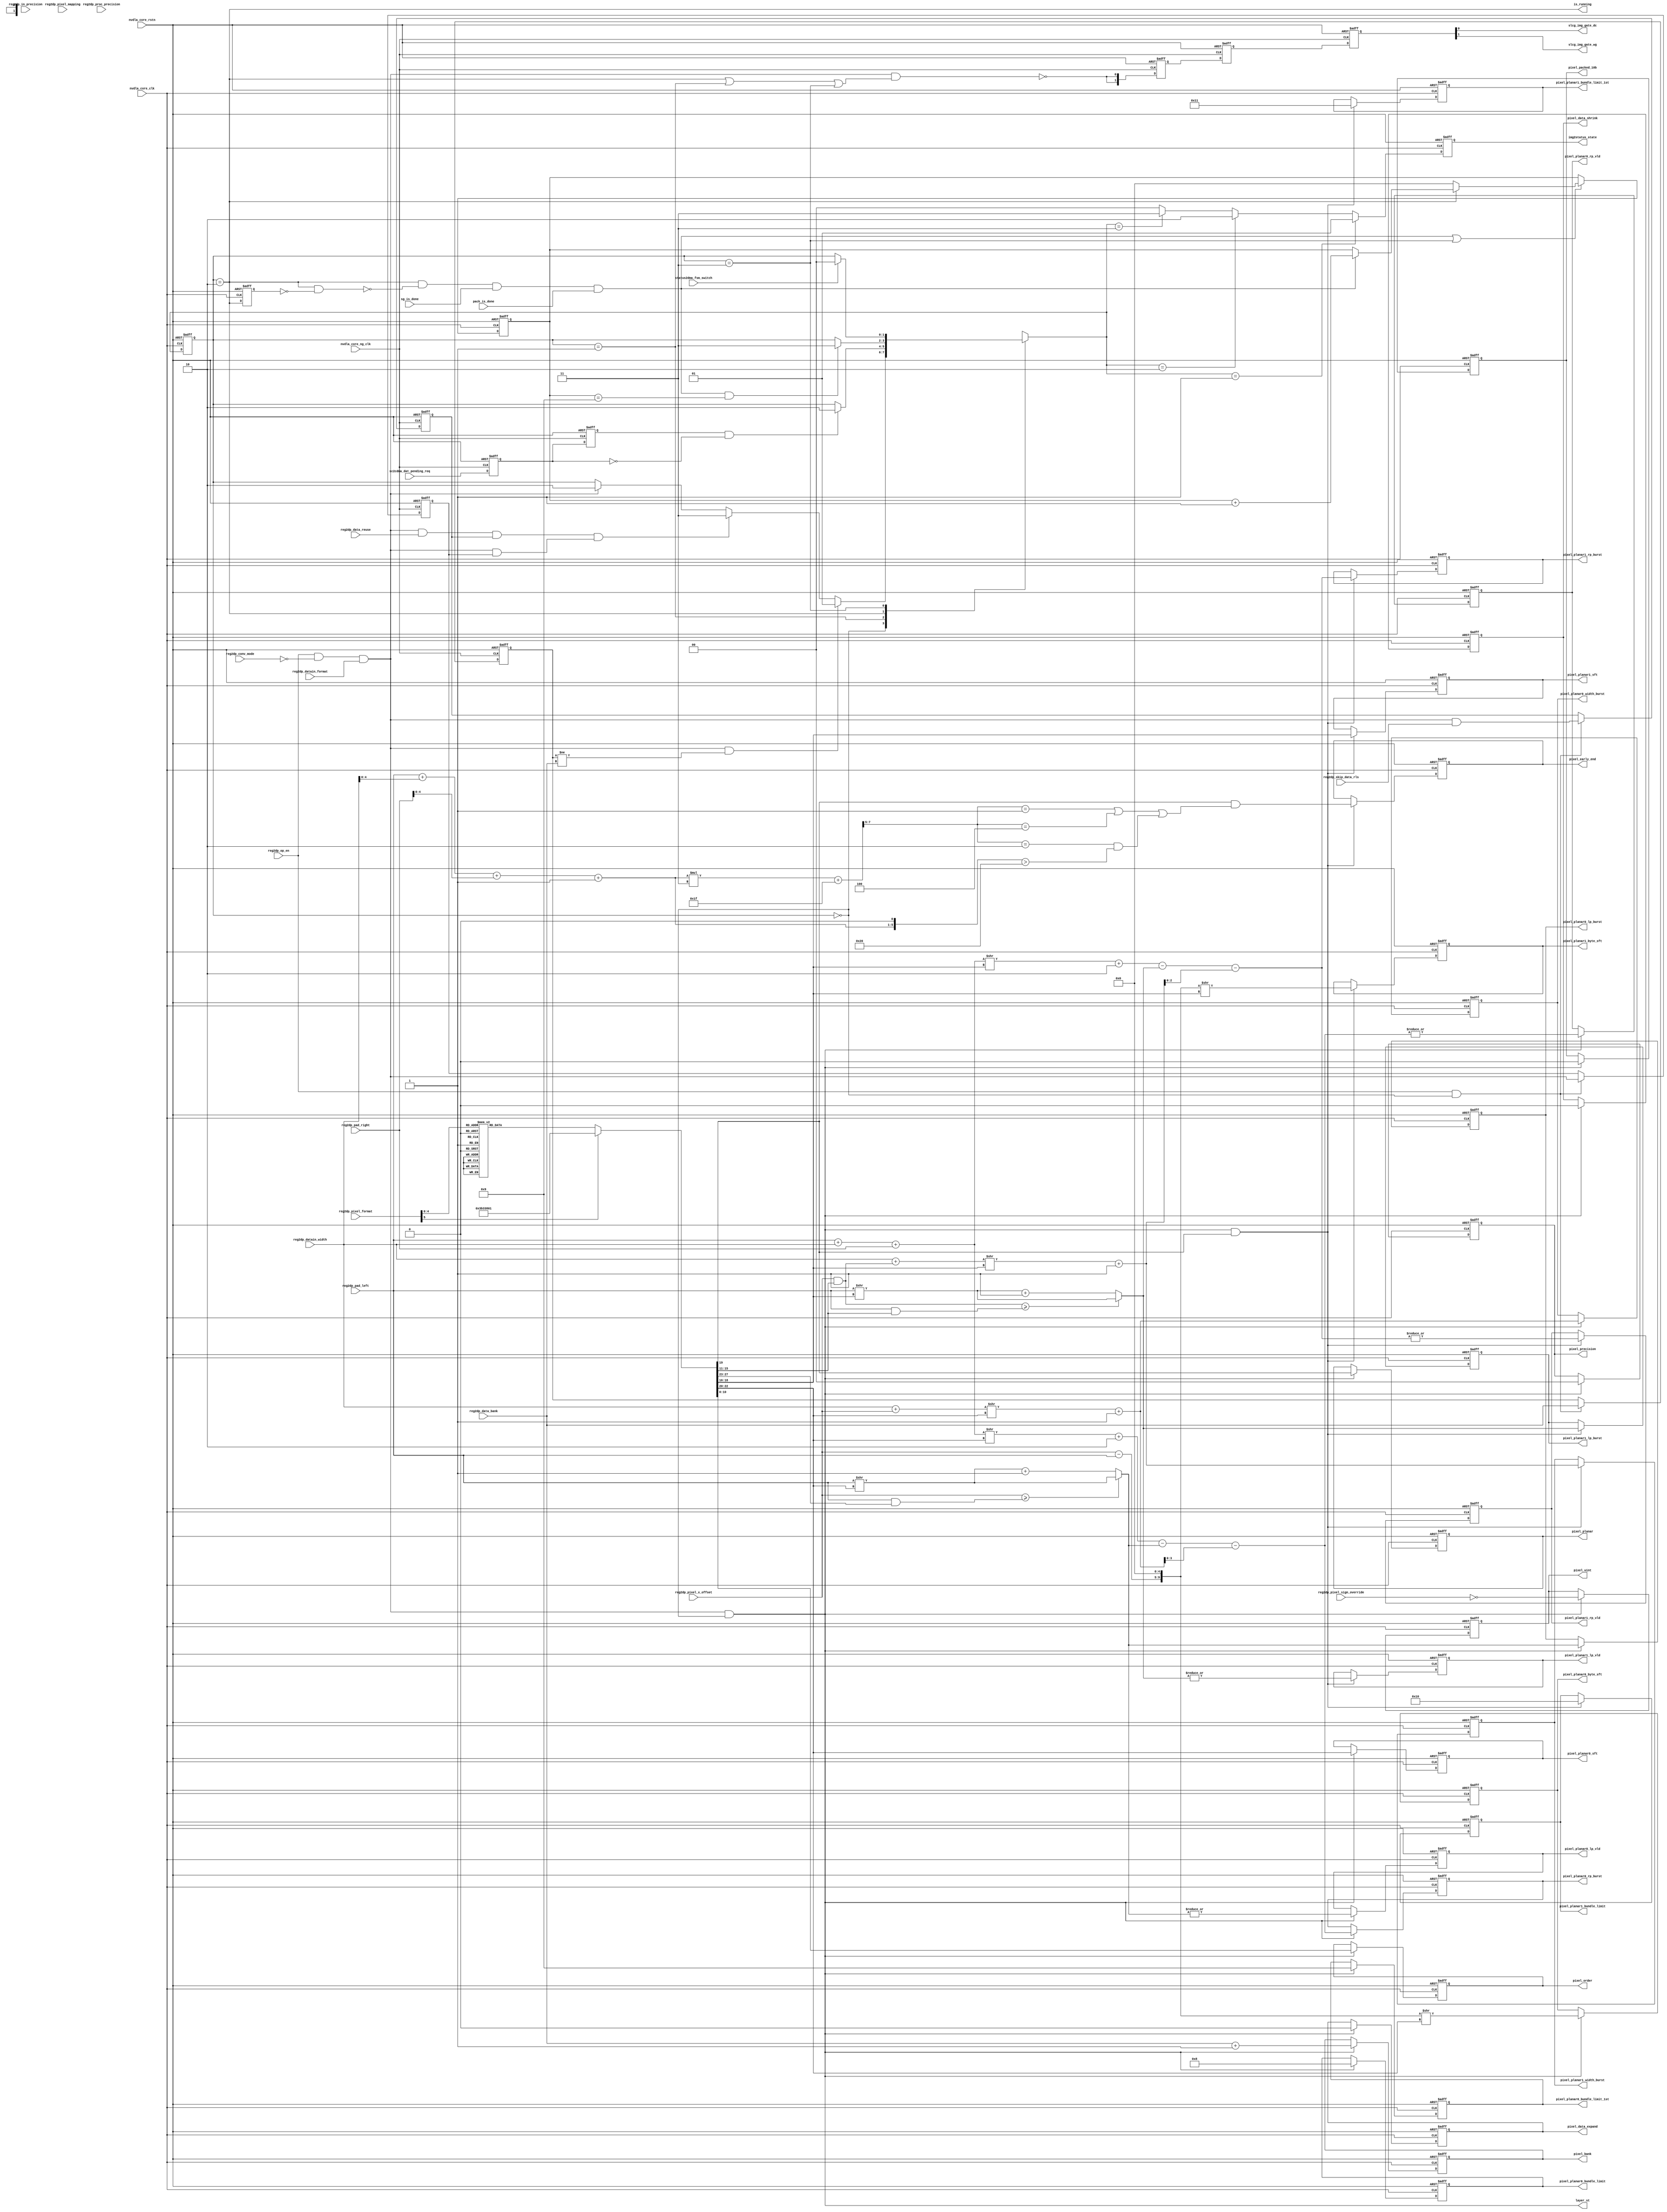
// ================================================================
// NVDLA Open Source Project
//
// Copyright(c) 2016 - 2017 NVIDIA Corporation. Licensed under the
// NVDLA Open Hardware License; Check "LICENSE" which comes with
// this distribution for more information.
// ================================================================
// ================================================================
// NVDLA Open Source Project
// 
// Copyright(c) 2016 - 2017 NVIDIA Corporation.  Licensed under the
// NVDLA Open Hardware License; Check "LICENSE" which comes with 
// this distribution for more information.
// ================================================================
//#define CDMA_SBUF_SDATA_BITS            256
//DorisL-S----------------
//
// #if ( NVDLA_MEMORY_ATOMIC_SIZE  ==  32 )
//     #define IMG_LARGE
// #endif
// #if ( NVDLA_MEMORY_ATOMIC_SIZE == 8 )
//     #define IMG_SMALL
// #endif
//DorisL-E----------------
//--------------------------------------------------
module NV_NVDLA_CDMA_IMG_ctrl (
   nvdla_core_clk
  ,nvdla_core_ng_clk
  ,nvdla_core_rstn
  ,pack_is_done
  ,reg2dp_conv_mode
  ,reg2dp_data_bank
  ,reg2dp_data_reuse
  ,reg2dp_datain_format
  ,reg2dp_datain_width
  ,reg2dp_in_precision
  ,reg2dp_op_en
  ,reg2dp_pad_left
  ,reg2dp_pad_right
  ,reg2dp_pixel_format
  ,reg2dp_pixel_mapping
  ,reg2dp_pixel_sign_override
  ,reg2dp_pixel_x_offset
  ,reg2dp_proc_precision
  ,reg2dp_skip_data_rls
  ,sc2cdma_dat_pending_req
  ,sg_is_done
  ,status2dma_fsm_switch
  ,img2status_state
  ,is_running
  ,layer_st
  ,pixel_bank
  ,pixel_data_expand
  ,pixel_data_shrink
  ,pixel_early_end
  ,pixel_order
  ,pixel_packed_10b
  ,pixel_planar
  ,pixel_planar0_bundle_limit
  ,pixel_planar0_bundle_limit_1st
  ,pixel_planar0_byte_sft
  ,pixel_planar0_lp_burst
  ,pixel_planar0_lp_vld
  ,pixel_planar0_rp_burst
  ,pixel_planar0_rp_vld
  ,pixel_planar0_sft
  ,pixel_planar0_width_burst
  ,pixel_planar1_bundle_limit
  ,pixel_planar1_bundle_limit_1st
  ,pixel_planar1_byte_sft
  ,pixel_planar1_lp_burst
  ,pixel_planar1_lp_vld
  ,pixel_planar1_rp_burst
  ,pixel_planar1_rp_vld
  ,pixel_planar1_sft
  ,pixel_planar1_width_burst
  ,pixel_precision
  ,pixel_uint
  ,slcg_img_gate_dc
  ,slcg_img_gate_wg
  );
////////////////////////////////////////////////////////
input nvdla_core_clk;
input nvdla_core_ng_clk;
input nvdla_core_rstn;
input pack_is_done;
input sc2cdma_dat_pending_req;
input sg_is_done;
input status2dma_fsm_switch;
output [1:0] img2status_state;
output is_running;
output layer_st;
output [5:0] pixel_bank;//
output pixel_data_expand;
output pixel_data_shrink;
output pixel_early_end;
output [10:0] pixel_order;
output pixel_packed_10b;
output pixel_planar;
output [3:0] pixel_planar0_bundle_limit;
output [3:0] pixel_planar0_bundle_limit_1st;
//: my $atmmbw = int( log(32) / log(2) );
//: print qq(
//: output [${atmmbw}-1:0] pixel_planar0_byte_sft;
//: output [${atmmbw}-1:0] pixel_planar1_byte_sft;
//: );
//| eperl: generated_beg (DO NOT EDIT BELOW)

output [5-1:0] pixel_planar0_byte_sft;
output [5-1:0] pixel_planar1_byte_sft;

//| eperl: generated_end (DO NOT EDIT ABOVE)
output [3:0] pixel_planar0_lp_burst;
output pixel_planar0_lp_vld;
output [3:0] pixel_planar0_rp_burst;
output pixel_planar0_rp_vld;
output [2:0] pixel_planar0_sft;
output [13:0] pixel_planar0_width_burst;
output [4:0] pixel_planar1_bundle_limit;
output [4:0] pixel_planar1_bundle_limit_1st;
output [2:0] pixel_planar1_lp_burst;
output pixel_planar1_lp_vld;
output [2:0] pixel_planar1_rp_burst;
output pixel_planar1_rp_vld;
output [2:0] pixel_planar1_sft;
output [13:0] pixel_planar1_width_burst;
output [1:0] pixel_precision;
output pixel_uint;
output slcg_img_gate_dc;
output slcg_img_gate_wg;
input [0:0] reg2dp_op_en;
input [0:0] reg2dp_conv_mode;
input [1:0] reg2dp_in_precision;
input [1:0] reg2dp_proc_precision;
input [0:0] reg2dp_datain_format;
input [5:0] reg2dp_pixel_format;
input [0:0] reg2dp_pixel_mapping;
input [0:0] reg2dp_pixel_sign_override;
input [12:0] reg2dp_datain_width;
input [0:0] reg2dp_data_reuse;
input [0:0] reg2dp_skip_data_rls;
input [4:0] reg2dp_data_bank;
input [4:0] reg2dp_pixel_x_offset;
input [4:0] reg2dp_pad_left;
input [5:0] reg2dp_pad_right;
////////////////////////////////////////////////////////
reg [1:0] cur_state;
reg [4:0] delay_cnt;
reg [1:0] img2status_state;
reg is_running_d1;
reg [4:0] last_data_bank;
reg last_img;
reg last_skip_data_rls;
reg [1:0] nxt_state;
reg pending_req;
reg pending_req_d1;
reg [5:0] pixel_bank;
reg pixel_data_expand;
reg pixel_data_shrink;
reg pixel_early_end;
reg [10:0] pixel_order;
reg [10:0] pixel_order_nxt;
reg pixel_packed_10b;
reg pixel_packed_10b_nxt;
reg pixel_planar;
reg [3:0] pixel_planar0_bundle_limit;
reg [3:0] pixel_planar0_bundle_limit_1st;
reg [3:0] pixel_planar0_lp_burst;
reg pixel_planar0_lp_vld;
reg [4:0] pixel_planar0_mask_nxt;
reg [3:0] pixel_planar0_rp_burst;
reg pixel_planar0_rp_vld;
reg [2:0] pixel_planar0_sft;
reg [2:0] pixel_planar0_sft_nxt;
reg [13:0] pixel_planar0_width_burst;
reg [4:0] pixel_planar1_bundle_limit;
reg [4:0] pixel_planar1_bundle_limit_1st;
reg [2:0] pixel_planar1_lp_burst;
reg pixel_planar1_lp_vld;
reg [4:0] pixel_planar1_mask_nxt;
reg [2:0] pixel_planar1_rp_burst;
reg pixel_planar1_rp_vld;
reg [2:0] pixel_planar1_sft;
reg [2:0] pixel_planar1_sft_nxt;
reg [13:0] pixel_planar1_width_burst;
reg pixel_planar_nxt;
reg [1:0] pixel_precision;
reg [1:0] pixel_precision_nxt;
reg pixel_uint;
reg [1:0] slcg_img_gate_d1;
reg [1:0] slcg_img_gate_d2;
reg [1:0] slcg_img_gate_d3;
wire [2:0] byte_per_pixel;
wire [4:0] delay_cnt_end;
wire [4:0] delay_cnt_w;
wire [1:0] img2status_state_w;
wire img_done;
wire img_en;
wire img_end;
wire is_dc;
wire is_done;
wire is_first_running;
wire is_idle;
wire is_input_int8;
wire is_int8;
wire is_pending;
wire is_pixel;
wire is_running;
wire layer_st;
wire mode_match;
wire mon_delay_cnt_w;
wire [2:0] mon_pixel_element_sft_w;
wire mon_pixel_planar0_burst_need_w;
wire [2:0] mon_pixel_planar0_byte_sft_w;
wire [1:0] mon_pixel_planar0_lp_burst_w;
wire [10:0] mon_pixel_planar0_rp_burst_w;
wire mon_pixel_planar0_width_burst_w;
wire [3:0] mon_pixel_planar1_burst_need_w;
wire [2:0] mon_pixel_planar1_byte_sft_w;
wire [2:0] mon_pixel_planar1_lp_burst_w;
wire [11:0] mon_pixel_planar1_rp_burst_w;
wire [1:0] mon_pixel_planar1_total_burst_w;
wire [2:0] mon_pixel_planar1_total_width_w;
wire [3:0] mon_pixel_planar1_width_burst_w;
wire need_pending;
wire pending_req_end;
wire pixel_data_expand_nxt;
wire pixel_data_shrink_nxt;
wire pixel_early_end_w;
//: my $atmmbw = int( log(32) / log(2) );
//: print qq(
//: wire [${atmmbw}-1:0] pixel_element_sft_w ;
//: wire [${atmmbw}-1:0] pixel_planar0_byte_sft_w;
//: wire [${atmmbw}-1:0] pixel_planar1_byte_sft_w;
//: reg [${atmmbw}-1:0] pixel_planar0_byte_sft;
//: reg [${atmmbw}-1:0] pixel_planar1_byte_sft;
//: );
//| eperl: generated_beg (DO NOT EDIT BELOW)

wire [5-1:0] pixel_element_sft_w ;
wire [5-1:0] pixel_planar0_byte_sft_w;
wire [5-1:0] pixel_planar1_byte_sft_w;
reg [5-1:0] pixel_planar0_byte_sft;
reg [5-1:0] pixel_planar1_byte_sft;

//| eperl: generated_end (DO NOT EDIT ABOVE)
wire [3:0] pixel_planar0_bundle_limit_1st_w;
wire [3:0] pixel_planar0_bundle_limit_w;
wire [13:0] pixel_planar0_burst_need_w;
wire [13:0] pixel_planar0_fetch_width;
wire [3:0] pixel_planar0_lp_burst_w;
wire [4:0] pixel_planar0_lp_filled;
wire pixel_planar0_lp_vld_w;
wire [3:0] pixel_planar0_rp_burst_w;
wire pixel_planar0_rp_vld_w;
wire [13:0] pixel_planar0_width_burst_w;
wire [4:0] pixel_planar1_bundle_limit_1st_w;
wire [4:0] pixel_planar1_bundle_limit_w;
wire [13:0] pixel_planar1_burst_need_w;
wire [13:0] pixel_planar1_fetch_width;
wire [2:0] pixel_planar1_lp_burst_w;
wire [4:0] pixel_planar1_lp_filled;
wire pixel_planar1_lp_vld_w;
wire [2:0] pixel_planar1_rp_burst_w;
wire pixel_planar1_rp_vld_w;
wire [2:0] pixel_planar1_tail_width_w;
wire [1:0] pixel_planar1_total_burst_w;
//: my $dmaif_bw = int( log(int(256/8)) / log(2) );
//: print qq(
//: wire [${dmaif_bw}-1:0] pixel_planar1_total_width_w;
//: wire [${dmaif_bw}-1:0] mon_pixel_planar1_tail_width_w;
//: );
//| eperl: generated_beg (DO NOT EDIT BELOW)

wire [5-1:0] pixel_planar1_total_width_w;
wire [5-1:0] mon_pixel_planar1_tail_width_w;

//| eperl: generated_end (DO NOT EDIT ABOVE)
wire [13:0] pixel_planar1_width_burst_w;
wire [4:0] pixel_planar1_x_offset;
wire [13:0] pixel_store_width;
wire pixel_tail_1_w;
wire pixel_tail_2_w;
wire pixel_uint_nxt;
wire planar1_vld_w;
wire slcg_img_en_w;
wire [1:0] slcg_img_gate_w;
////////////////////////////////////////////////////////////////////////
// CDMA image input data fetching logic FSM //
////////////////////////////////////////////////////////////////////////
localparam IMG_STATE_IDLE = 2'b00;
localparam IMG_STATE_PEND = 2'b01;
localparam IMG_STATE_BUSY = 2'b10;
localparam IMG_STATE_DONE = 2'b11;
always @(*) begin
    nxt_state = cur_state;
    begin
        casez (cur_state)
        IMG_STATE_IDLE: begin
            if ((img_en & need_pending)) begin
                nxt_state = IMG_STATE_PEND;
            end
            else if ((img_en & reg2dp_data_reuse & last_skip_data_rls & mode_match)) begin
                nxt_state = IMG_STATE_DONE;
            end
            else if (img_en) begin
                nxt_state = IMG_STATE_BUSY;
            end
        end
        IMG_STATE_PEND: begin
            if ((pending_req_end)) begin
                nxt_state = IMG_STATE_BUSY;
            end
        end
        IMG_STATE_BUSY: begin
            if (img_done) begin
                nxt_state = IMG_STATE_DONE;
            end
        end
        IMG_STATE_DONE: begin
            if (status2dma_fsm_switch) begin
                nxt_state = IMG_STATE_IDLE;
            end
        end
        endcase
    end
end
//: &eperl::flop("-nodeclare   -rval \"IMG_STATE_IDLE\"   -d \"nxt_state\" -q cur_state");
//| eperl: generated_beg (DO NOT EDIT BELOW)
always @(posedge nvdla_core_clk or negedge nvdla_core_rstn) begin
   if (!nvdla_core_rstn) begin
       cur_state <= IMG_STATE_IDLE;
   end else begin
       cur_state <= nxt_state;
   end
end

//| eperl: generated_end (DO NOT EDIT ABOVE)
////////////////////////////////////////////////////////////////////////
// FSM output signals //
////////////////////////////////////////////////////////////////////////
assign layer_st = img_en & is_idle;
assign is_idle = (cur_state == IMG_STATE_IDLE);
assign is_pending = (cur_state == IMG_STATE_PEND);
assign is_running = (cur_state == IMG_STATE_BUSY);
assign is_done = (cur_state == IMG_STATE_DONE);
assign img2status_state_w = (nxt_state == IMG_STATE_PEND) ? 1 :
                            (nxt_state == IMG_STATE_BUSY) ? 2 :
                            (nxt_state == IMG_STATE_DONE) ? 3 :
                            0 ;
assign is_first_running = is_running & ~is_running_d1;
//: &eperl::flop("-nodeclare   -rval \"0\"   -d \"img2status_state_w\" -q img2status_state");
//: &eperl::flop("-nodeclare   -rval \"1'b0\"   -d \"is_running\" -q is_running_d1");
//| eperl: generated_beg (DO NOT EDIT BELOW)
always @(posedge nvdla_core_clk or negedge nvdla_core_rstn) begin
   if (!nvdla_core_rstn) begin
       img2status_state <= 'b0;
   end else begin
       img2status_state <= img2status_state_w;
   end
end
always @(posedge nvdla_core_clk or negedge nvdla_core_rstn) begin
   if (!nvdla_core_rstn) begin
       is_running_d1 <= 1'b0;
   end else begin
       is_running_d1 <= is_running;
   end
end

//| eperl: generated_end (DO NOT EDIT ABOVE)
////////////////////////////////////////////////////////////////////////
// registers to keep last layer status //
////////////////////////////////////////////////////////////////////////
assign pending_req_end = pending_req_d1 & ~pending_req;
//================ Non-SLCG clock domain ================//
//: &eperl::flop("-nodeclare -clk nvdla_core_ng_clk  -rval \"1'b0\"  -en \"reg2dp_op_en & is_idle\" -d \"img_en\" -q last_img");
//: &eperl::flop("-nodeclare -clk nvdla_core_ng_clk  -rval \"{5{1'b1}}\"  -en \"reg2dp_op_en & is_idle\" -d \"reg2dp_data_bank\" -q last_data_bank");
//: &eperl::flop("-nodeclare -clk nvdla_core_ng_clk  -rval \"1'b0\"  -en \"reg2dp_op_en & is_idle\" -d \"img_en & reg2dp_skip_data_rls\" -q last_skip_data_rls");
//: &eperl::flop("-nodeclare -clk nvdla_core_ng_clk  -rval \"1'b0\"   -d \"sc2cdma_dat_pending_req\" -q pending_req");
//: &eperl::flop("-nodeclare -clk nvdla_core_ng_clk  -rval \"1'b0\"   -d \"pending_req\" -q pending_req_d1");
//| eperl: generated_beg (DO NOT EDIT BELOW)
always @(posedge nvdla_core_ng_clk or negedge nvdla_core_rstn) begin
   if (!nvdla_core_rstn) begin
       last_img <= 1'b0;
   end else begin
       if ((reg2dp_op_en & is_idle) == 1'b1) begin
           last_img <= img_en;
       // VCS coverage off
       end else if ((reg2dp_op_en & is_idle) == 1'b0) begin
       end else begin
           last_img <= 'bx;
       // VCS coverage on
       end
   end
end
always @(posedge nvdla_core_ng_clk or negedge nvdla_core_rstn) begin
   if (!nvdla_core_rstn) begin
       last_data_bank <= {5{1'b1}};
   end else begin
       if ((reg2dp_op_en & is_idle) == 1'b1) begin
           last_data_bank <= reg2dp_data_bank;
       // VCS coverage off
       end else if ((reg2dp_op_en & is_idle) == 1'b0) begin
       end else begin
           last_data_bank <= 'bx;
       // VCS coverage on
       end
   end
end
always @(posedge nvdla_core_ng_clk or negedge nvdla_core_rstn) begin
   if (!nvdla_core_rstn) begin
       last_skip_data_rls <= 1'b0;
   end else begin
       if ((reg2dp_op_en & is_idle) == 1'b1) begin
           last_skip_data_rls <= img_en & reg2dp_skip_data_rls;
       // VCS coverage off
       end else if ((reg2dp_op_en & is_idle) == 1'b0) begin
       end else begin
           last_skip_data_rls <= 'bx;
       // VCS coverage on
       end
   end
end
always @(posedge nvdla_core_ng_clk or negedge nvdla_core_rstn) begin
   if (!nvdla_core_rstn) begin
       pending_req <= 1'b0;
   end else begin
       pending_req <= sc2cdma_dat_pending_req;
   end
end
always @(posedge nvdla_core_ng_clk or negedge nvdla_core_rstn) begin
   if (!nvdla_core_rstn) begin
       pending_req_d1 <= 1'b0;
   end else begin
       pending_req_d1 <= pending_req;
   end
end

//| eperl: generated_end (DO NOT EDIT ABOVE)
////////////////////////////////////////////////////////////////////////
// SLCG control signal //
////////////////////////////////////////////////////////////////////////
assign slcg_img_en_w = img_en & (is_running | is_pending | is_done);
assign slcg_img_gate_w = {2{~slcg_img_en_w}};
//: &eperl::flop("-nodeclare -clk nvdla_core_ng_clk  -rval \"{2{1'b1}}\"   -d \"slcg_img_gate_w\" -q slcg_img_gate_d1");
//: &eperl::flop("-nodeclare -clk nvdla_core_ng_clk  -rval \"{2{1'b1}}\"   -d \"slcg_img_gate_d1\" -q slcg_img_gate_d2");
//: &eperl::flop("-nodeclare -clk nvdla_core_ng_clk  -rval \"{2{1'b1}}\"   -d \"slcg_img_gate_d2\" -q slcg_img_gate_d3");
//| eperl: generated_beg (DO NOT EDIT BELOW)
always @(posedge nvdla_core_ng_clk or negedge nvdla_core_rstn) begin
   if (!nvdla_core_rstn) begin
       slcg_img_gate_d1 <= {2{1'b1}};
   end else begin
       slcg_img_gate_d1 <= slcg_img_gate_w;
   end
end
always @(posedge nvdla_core_ng_clk or negedge nvdla_core_rstn) begin
   if (!nvdla_core_rstn) begin
       slcg_img_gate_d2 <= {2{1'b1}};
   end else begin
       slcg_img_gate_d2 <= slcg_img_gate_d1;
   end
end
always @(posedge nvdla_core_ng_clk or negedge nvdla_core_rstn) begin
   if (!nvdla_core_rstn) begin
       slcg_img_gate_d3 <= {2{1'b1}};
   end else begin
       slcg_img_gate_d3 <= slcg_img_gate_d2;
   end
end

//| eperl: generated_end (DO NOT EDIT ABOVE)
assign slcg_img_gate_dc = slcg_img_gate_d3[0];
assign slcg_img_gate_wg = slcg_img_gate_d3[1];
//================ Non-SLCG clock domain end ================//
////////////////////////////////////////////////////////////////////////
// FSM input signals //
////////////////////////////////////////////////////////////////////////
assign img_end = is_running & ~is_first_running & sg_is_done & pack_is_done;
assign img_done = img_end & (delay_cnt == delay_cnt_end);
assign delay_cnt_end = (3 + 3 + 3 ) ;
assign {mon_delay_cnt_w,
        delay_cnt_w} = ~is_running ? 6'b0 :
                      img_end ? delay_cnt + 1'b1 : {1'b0, delay_cnt};
assign need_pending = (last_data_bank != reg2dp_data_bank);
assign mode_match = img_en & last_img;
assign is_dc = (reg2dp_conv_mode == 1'h0 );
assign is_pixel = (reg2dp_datain_format == 1'h1 );
assign img_en = reg2dp_op_en & is_dc & is_pixel;
//: &eperl::flop("-nodeclare   -rval \"{5{1'b0}}\"  -en \"img_end | is_done\" -d \"delay_cnt_w\" -q delay_cnt");
//| eperl: generated_beg (DO NOT EDIT BELOW)
always @(posedge nvdla_core_clk or negedge nvdla_core_rstn) begin
   if (!nvdla_core_rstn) begin
       delay_cnt <= {5{1'b0}};
   end else begin
       if ((img_end | is_done) == 1'b1) begin
           delay_cnt <= delay_cnt_w;
       // VCS coverage off
       end else if ((img_end | is_done) == 1'b0) begin
       end else begin
           delay_cnt <= 'bx;
       // VCS coverage on
       end
   end
end

//| eperl: generated_end (DO NOT EDIT ABOVE)
////////////////////////////////////////////////////////////////////////
// pixel format parser //
////////////////////////////////////////////////////////////////////////
//
always @(*) begin
    pixel_planar_nxt = 1'h0;
    pixel_precision_nxt = 2'h0;
    pixel_order_nxt = 11'h1;
    pixel_packed_10b_nxt = 1'b0;
//pixel_planar0_sft_nxt // log2(atmm/BytePerPixel(4 in RGB, 1 in YUV))
//pixel_planar1_sft_nxt // log2(atmm/BytePerPixel(useless in RGB, 2 in YUV))
//pixel_planar0_mask_nxt // atmm/BytePerPixel -1
//pixel_planar1_mask_nxt // atmm/BytePerPixel -1
//: my $atmm = 32;
//: my $Byte_Per_Pixle = 4;
//: my $p0_sft = int( log($atmm/$Byte_Per_Pixle)/log(2) );
//: my $p0_mask = int( ($atmm/$Byte_Per_Pixle)-1 );
//: print qq(
//: pixel_planar0_sft_nxt = 3'd${p0_sft};
//: pixel_planar1_sft_nxt = 3'd3;
//: pixel_planar0_mask_nxt = 5'd${p0_mask};
//: pixel_planar1_mask_nxt = 5'd7;
//: );
//| eperl: generated_beg (DO NOT EDIT BELOW)

pixel_planar0_sft_nxt = 3'd3;
pixel_planar1_sft_nxt = 3'd3;
pixel_planar0_mask_nxt = 5'd7;
pixel_planar1_mask_nxt = 5'd7;

//| eperl: generated_end (DO NOT EDIT ABOVE)
    case(reg2dp_pixel_format)
    6'h0 :
// 0 T_R8,
    begin
//: my $atmm = 32;
//: my $Byte_Per_Pixle = 1;
//: my $p0_sft = int( log($atmm/$Byte_Per_Pixle)/log(2) );
//: my $p0_mask = int( ($atmm/$Byte_Per_Pixle)-1 );
//: print qq(
//: pixel_planar0_sft_nxt = 3'd${p0_sft};
//: pixel_planar0_mask_nxt = 5'd${p0_mask};
//: );
//| eperl: generated_beg (DO NOT EDIT BELOW)

pixel_planar0_sft_nxt = 3'd5;
pixel_planar0_mask_nxt = 5'd31;

//| eperl: generated_end (DO NOT EDIT ABOVE)
//pixel_planar0_sft_nxt = 3'h3;
//pixel_planar0_mask_nxt = 5'h7;
    end
    6'hc, 6'h10 :
// c T_A8B8G8R8,
// 10 T_X8B8G8R8,
    begin
        pixel_order_nxt = 11'h1;
    end
    6'hd, 6'h11, 6'h1a :
// d T_A8R8G8B8,
// 11 T_X8R8G8B8,
// 1a T_A8Y8U8V8,
    begin
        pixel_order_nxt = 11'h2;
    end
    6'he, 6'h12, 6'h1b :
// e T_B8G8R8A8,
// 12 T_B8G8R8X8,
// 1b T_V8U8Y8A8,
    begin
        pixel_order_nxt = 11'h8;
    end
    6'hf, 6'h13 :
// f T_R8G8B8A8,
// 13 T_R8G8B8X8,
    begin
        pixel_order_nxt = 11'h20;
    end
    6'h1c :
// 1c T_Y8___U8V8_N444,
    begin
        pixel_planar_nxt = 1'h1;
        pixel_order_nxt = 11'h200;
//: my $atmm = 32;
//: my $Byte_Per_Pixle_p0 = 1;
//: my $Byte_Per_Pixle_p1 = 2;
//: my $p0_sft = int( log($atmm/$Byte_Per_Pixle_p0)/log(2) );
//: my $p0_mask = int( ($atmm/$Byte_Per_Pixle_p0)-1 );
//: my $p1_sft = int( log($atmm/$Byte_Per_Pixle_p1)/log(2) );
//: my $p1_mask = int( ($atmm/$Byte_Per_Pixle_p1)-1 );
//: print qq(
//: pixel_planar0_sft_nxt = 3'd${p0_sft};
//: pixel_planar1_sft_nxt = 3'd${p1_sft};
//: pixel_planar0_mask_nxt = 5'd${p0_mask};
//: pixel_planar1_mask_nxt = 5'd${p1_mask};
//: );
//| eperl: generated_beg (DO NOT EDIT BELOW)

pixel_planar0_sft_nxt = 3'd5;
pixel_planar1_sft_nxt = 3'd4;
pixel_planar0_mask_nxt = 5'd31;
pixel_planar1_mask_nxt = 5'd15;

//| eperl: generated_end (DO NOT EDIT ABOVE)
//pixel_planar0_sft_nxt = 3'h3;
//pixel_planar1_sft_nxt = 3'h2;
//pixel_planar0_mask_nxt = 5'h7;
//pixel_planar1_mask_nxt = 5'h3;
    end
    6'h1d :
// 1d T_Y8___V8U8_N444,
    begin
        pixel_planar_nxt = 1'h1;
//: my $atmm = 32;
//: my $Byte_Per_Pixle_p0 = 1;
//: my $Byte_Per_Pixle_p1 = 2;
//: my $p0_sft = int( log($atmm/$Byte_Per_Pixle_p0)/log(2) );
//: my $p0_mask = int( ($atmm/$Byte_Per_Pixle_p0)-1 );
//: my $p1_sft = int( log($atmm/$Byte_Per_Pixle_p1)/log(2) );
//: my $p1_mask = int( ($atmm/$Byte_Per_Pixle_p1)-1 );
//: print qq(
//: pixel_planar0_sft_nxt = 3'd${p0_sft};
//: pixel_planar1_sft_nxt = 3'd${p1_sft};
//: pixel_planar0_mask_nxt = 5'd${p0_mask};
//: pixel_planar1_mask_nxt = 5'd${p1_mask};
//: );
//| eperl: generated_beg (DO NOT EDIT BELOW)

pixel_planar0_sft_nxt = 3'd5;
pixel_planar1_sft_nxt = 3'd4;
pixel_planar0_mask_nxt = 5'd31;
pixel_planar1_mask_nxt = 5'd15;

//| eperl: generated_end (DO NOT EDIT ABOVE)
//pixel_planar0_sft_nxt = 3'h3;
//pixel_planar1_sft_nxt = 3'h2;
//pixel_planar0_mask_nxt = 5'h7;
//pixel_planar1_mask_nxt = 5'h3;
    end
    endcase
end
assign is_int8 = 1'b1;
assign is_input_int8 = 1'b1;
assign pixel_data_expand_nxt = 1'b0;
assign pixel_data_shrink_nxt = 1'b0;
//////// pixel_lp_burst, pixel_width_burst, pixel_rp_burst ////////
assign pixel_uint_nxt = (reg2dp_pixel_sign_override == 1'h0 );
assign pixel_planar1_x_offset = (reg2dp_pixel_x_offset & pixel_planar1_mask_nxt);
assign pixel_planar0_lp_filled = reg2dp_pad_left & pixel_planar0_mask_nxt;
assign pixel_planar1_lp_filled = reg2dp_pad_left & pixel_planar1_mask_nxt;
assign {mon_pixel_planar0_lp_burst_w[1:0],
        pixel_planar0_lp_burst_w} = (reg2dp_pixel_x_offset >= pixel_planar0_lp_filled) ? (reg2dp_pad_left >> pixel_planar0_sft_nxt) :
                                   (reg2dp_pad_left >> pixel_planar0_sft_nxt) + 1'b1;
assign {mon_pixel_planar1_lp_burst_w[2:0],
        pixel_planar1_lp_burst_w} = (pixel_planar1_x_offset >= pixel_planar1_lp_filled) ? (reg2dp_pad_left >> pixel_planar1_sft_nxt) :
                                   (reg2dp_pad_left >> pixel_planar1_sft_nxt) + 1'b1;
assign pixel_planar0_fetch_width = reg2dp_datain_width + reg2dp_pixel_x_offset;
assign pixel_planar1_fetch_width = reg2dp_datain_width + pixel_planar1_x_offset;
assign pixel_planar0_width_burst_w = (pixel_planar0_fetch_width >> pixel_planar0_sft_nxt) + 14'b1;
assign pixel_planar1_width_burst_w = (pixel_planar1_fetch_width >> pixel_planar1_sft_nxt) + 14'b1;
//assign {mon_pixel_planar0_width_burst_w[0],
// pixel_planar0_width_burst_w} = (pixel_planar0_fetch_width >> pixel_planar0_sft_nxt) + 14'b1;
//assign {mon_pixel_planar1_width_burst_w[3:0],
// pixel_planar1_width_burst_w} = (pixel_planar1_fetch_width >> pixel_planar1_sft_nxt) + 14'b1;
assign pixel_store_width = reg2dp_pad_left + reg2dp_datain_width + reg2dp_pad_right;
assign pixel_planar0_burst_need_w = (pixel_store_width >> pixel_planar0_sft_nxt) + 14'h2;
assign pixel_planar1_burst_need_w = (pixel_store_width >> pixel_planar1_sft_nxt) + 14'h2;
//assign {mon_pixel_planar0_burst_need_w[0],
// pixel_planar0_burst_need_w} = (pixel_store_width >> pixel_planar0_sft_nxt) + 14'h2;
//assign {mon_pixel_planar1_burst_need_w[0],
// pixel_planar1_burst_need_w} = (pixel_store_width >> pixel_planar1_sft_nxt) + 14'h2;
assign {mon_pixel_planar0_rp_burst_w[10:0],
        pixel_planar0_rp_burst_w} = (pixel_planar0_burst_need_w - {10'd0,pixel_planar0_lp_burst_w}) - pixel_planar0_width_burst_w;
assign {mon_pixel_planar1_rp_burst_w[11:0],
        pixel_planar1_rp_burst_w} = (pixel_planar1_burst_need_w - {11'd0,pixel_planar1_lp_burst_w}) - pixel_planar1_width_burst_w;
assign byte_per_pixel = ~(|pixel_precision_nxt) ? 3'h3 : 3'h6;
////////////////////////////////////////////////
// early end control
////////////////////////////////////////////////
//: my $dmaif_bw = int( log(int(256/8)) / log(2) );
//: print qq(
//: assign {mon_pixel_planar1_total_width_w,
//: pixel_planar1_total_width_w} = reg2dp_pad_left + reg2dp_datain_width[${dmaif_bw}-1:0] + reg2dp_pad_right + 1;
//: assign {pixel_planar1_tail_width_w,
//: mon_pixel_planar1_tail_width_w} = pixel_planar1_total_width_w * byte_per_pixel + {${dmaif_bw}{1'b1}};
//: );
//| eperl: generated_beg (DO NOT EDIT BELOW)

assign {mon_pixel_planar1_total_width_w,
pixel_planar1_total_width_w} = reg2dp_pad_left + reg2dp_datain_width[5-1:0] + reg2dp_pad_right + 1;
assign {pixel_planar1_tail_width_w,
mon_pixel_planar1_tail_width_w} = pixel_planar1_total_width_w * byte_per_pixel + {5{1'b1}};

//| eperl: generated_end (DO NOT EDIT ABOVE)
/////////////////////////////
//: my $dmaif = 256/8;
//: my $atmm = 32;
//: if($dmaif/$atmm == 1 ) {
//: print qq(
//: assign pixel_early_end_w = pixel_planar_nxt & ((pixel_planar1_tail_width_w==3'd1) | (pixel_planar1_tail_width_w==3'd4) | ((pixel_planar1_tail_width_w==3'd2) & {pixel_planar1_total_width_w,1'b0} > $dmaif) );
//: );
//: } elsif($dmaif/$atmm == 2 ) {
//: print qq(
//: assign {mon_pixel_planar1_total_burst_w[1:0], pixel_planar1_total_burst_w[1:0]}
//: = pixel_planar1_lp_burst_w[1:0] + pixel_planar1_rp_burst_w[1:0] + pixel_planar1_width_burst_w[1:0];
//: assign pixel_tail_1_w = (pixel_planar1_tail_width_w == 3'h1) | (pixel_planar1_tail_width_w == 3'h4);
//: assign pixel_tail_2_w = (pixel_planar1_tail_width_w == 3'h2) | (pixel_planar1_tail_width_w == 3'h5);
//: assign pixel_early_end_w = pixel_planar_nxt & (pixel_tail_1_w | (pixel_tail_2_w & ~pixel_planar1_total_burst_w[1]));
//: );
//: } elsif($dmaif/$atmm == 4 ) {
//: }
//| eperl: generated_beg (DO NOT EDIT BELOW)

assign pixel_early_end_w = pixel_planar_nxt & ((pixel_planar1_tail_width_w==3'd1) | (pixel_planar1_tail_width_w==3'd4) | ((pixel_planar1_tail_width_w==3'd2) & {pixel_planar1_total_width_w,1'b0} > 32) );

//| eperl: generated_end (DO NOT EDIT ABOVE)
////////////////////////////////////////////////
////////////////////////////////////////////////
// assign {mon_pixel_element_sft_w,
// pixel_element_sft_w} = (reg2dp_pixel_x_offset - reg2dp_pad_left);
// 5bits means atmm bit-width
// assign {mon_pixel_planar0_byte_sft_w[4:0],
// pixel_planar0_byte_sft_w} = {pixel_element_sft_w, 5'b0} >> pixel_planar0_sft_nxt;
// assign {mon_pixel_planar1_byte_sft_w[4:0],
// pixel_planar1_byte_sft_w} = {pixel_element_sft_w, 5'b0} >> pixel_planar1_sft_nxt;
//: my $atmmbw = int( log(32) / log(2) );
//: print qq(
//: assign {mon_pixel_element_sft_w,
//: pixel_element_sft_w} = (reg2dp_pixel_x_offset - {2'd0,reg2dp_pad_left[${atmmbw}-1:0]});
//: assign {mon_pixel_planar0_byte_sft_w[2:0],
//: pixel_planar0_byte_sft_w} = {pixel_element_sft_w, ${atmmbw}'b0} >> pixel_planar0_sft_nxt;
//: assign {mon_pixel_planar1_byte_sft_w[2:0],
//: pixel_planar1_byte_sft_w} = {pixel_element_sft_w, ${atmmbw}'b0} >> pixel_planar1_sft_nxt;
//: );
//| eperl: generated_beg (DO NOT EDIT BELOW)

assign {mon_pixel_element_sft_w,
pixel_element_sft_w} = (reg2dp_pixel_x_offset - {2'd0,reg2dp_pad_left[5-1:0]});
assign {mon_pixel_planar0_byte_sft_w[2:0],
pixel_planar0_byte_sft_w} = {pixel_element_sft_w, 5'b0} >> pixel_planar0_sft_nxt;
assign {mon_pixel_planar1_byte_sft_w[2:0],
pixel_planar1_byte_sft_w} = {pixel_element_sft_w, 5'b0} >> pixel_planar1_sft_nxt;

//| eperl: generated_end (DO NOT EDIT ABOVE)
assign pixel_planar0_bundle_limit_w = 4'h8;
assign pixel_planar0_bundle_limit_1st_w = 4'h9;
assign pixel_planar1_bundle_limit_w = 5'h10;
assign pixel_planar1_bundle_limit_1st_w = 5'h11;
assign planar1_vld_w = pixel_planar_nxt;
assign pixel_planar0_lp_vld_w = (|pixel_planar0_lp_burst_w);
assign pixel_planar1_lp_vld_w = (|pixel_planar1_lp_burst_w);
assign pixel_planar0_rp_vld_w = (|pixel_planar0_rp_burst_w);
assign pixel_planar1_rp_vld_w = (|pixel_planar1_rp_burst_w);
//: my $atmmbw = int( log(32) / log(2) );
//: &eperl::flop("-nodeclare   -rval \"1'b0\"  -en \"layer_st\" -d \"pixel_planar_nxt\" -q pixel_planar");
//: &eperl::flop("-nodeclare   -rval \"{2{1'b0}}\"  -en \"layer_st\" -d \"pixel_precision_nxt\" -q pixel_precision");
//: &eperl::flop("-nodeclare   -rval \"{11{1'b0}}\"  -en \"layer_st\" -d \"pixel_order_nxt\" -q pixel_order");
//: &eperl::flop("-nodeclare   -rval \"1'b0\"  -en \"layer_st\" -d \"pixel_packed_10b_nxt\" -q pixel_packed_10b");
//: &eperl::flop("-nodeclare   -rval \"1'b0\"  -en \"layer_st\" -d \"pixel_data_expand_nxt\" -q pixel_data_expand");
//: &eperl::flop("-nodeclare   -rval \"1'b0\"  -en \"layer_st\" -d \"pixel_data_shrink_nxt\" -q pixel_data_shrink");
//: &eperl::flop("-nodeclare   -rval \"1'b0\"  -en \"layer_st\" -d \"pixel_uint_nxt\" -q pixel_uint");
//: &eperl::flop("-nodeclare   -rval \"{3{1'b0}}\"  -en \"layer_st\" -d \"pixel_planar0_sft_nxt\" -q pixel_planar0_sft");
//: &eperl::flop("-nodeclare   -rval \"{3{1'b0}}\"  -en \"layer_st & planar1_vld_w\" -d \"pixel_planar1_sft_nxt\" -q pixel_planar1_sft");
//: &eperl::flop("-nodeclare   -rval \"{4{1'b0}}\"  -en \"layer_st\" -d \"pixel_planar0_lp_burst_w\" -q pixel_planar0_lp_burst");
//: &eperl::flop("-nodeclare   -rval \"{3{1'b0}}\"  -en \"layer_st & planar1_vld_w\" -d \"pixel_planar1_lp_burst_w\" -q pixel_planar1_lp_burst");
//: &eperl::flop("-nodeclare   -rval \"1'b0\"  -en \"layer_st\" -d \"pixel_planar0_lp_vld_w\" -q pixel_planar0_lp_vld");
//: &eperl::flop("-nodeclare   -rval \"1'b0\"  -en \"layer_st & planar1_vld_w\" -d \"pixel_planar1_lp_vld_w\" -q pixel_planar1_lp_vld");
//: &eperl::flop("-nodeclare   -rval \"{14{1'b0}}\"  -en \"layer_st\" -d \"pixel_planar0_width_burst_w\" -q pixel_planar0_width_burst");
//: &eperl::flop("-nodeclare   -rval \"{14{1'b0}}\"  -en \"layer_st & planar1_vld_w\" -d \"pixel_planar1_width_burst_w\" -q pixel_planar1_width_burst");
//: &eperl::flop("-nodeclare   -rval \"{4{1'b0}}\"  -en \"layer_st\" -d \"pixel_planar0_rp_burst_w\" -q pixel_planar0_rp_burst");
//: &eperl::flop("-nodeclare   -rval \"{3{1'b0}}\"  -en \"layer_st & planar1_vld_w\" -d \"pixel_planar1_rp_burst_w\" -q pixel_planar1_rp_burst");
//: &eperl::flop("-nodeclare   -rval \"1'b0\"  -en \"layer_st\" -d \"pixel_planar0_rp_vld_w\" -q pixel_planar0_rp_vld");
//: &eperl::flop("-nodeclare   -rval \"1'b0\"  -en \"layer_st & planar1_vld_w\" -d \"pixel_planar1_rp_vld_w\" -q pixel_planar1_rp_vld");
//: &eperl::flop("-nodeclare   -rval \"1'b0\"  -en \"layer_st & planar1_vld_w\" -d \"pixel_early_end_w\" -q pixel_early_end");
//: &eperl::flop("-nodeclare   -rval \"{${atmmbw}{1'b0}}\"  -en \"layer_st\" -d \"pixel_planar0_byte_sft_w\" -q pixel_planar0_byte_sft");
//: &eperl::flop("-nodeclare   -rval \"{${atmmbw}{1'b0}}\"  -en \"layer_st & planar1_vld_w\" -d \"pixel_planar1_byte_sft_w\" -q pixel_planar1_byte_sft");
//: &eperl::flop("-nodeclare   -rval \"{6{1'b0}}\"  -en \"layer_st\" -d \"reg2dp_data_bank + 1'b1\" -q pixel_bank");
//: &eperl::flop("-nodeclare   -rval \"{4{1'b0}}\"  -en \"layer_st\" -d \"pixel_planar0_bundle_limit_w\" -q pixel_planar0_bundle_limit");
//: &eperl::flop("-nodeclare   -rval \"{5{1'b0}}\"  -en \"layer_st & planar1_vld_w\" -d \"pixel_planar1_bundle_limit_w\" -q pixel_planar1_bundle_limit");
//: &eperl::flop("-nodeclare   -rval \"{4{1'b0}}\"  -en \"layer_st\" -d \"pixel_planar0_bundle_limit_1st_w\" -q pixel_planar0_bundle_limit_1st");
//: &eperl::flop("-nodeclare   -rval \"{5{1'b0}}\"  -en \"layer_st & planar1_vld_w\" -d \"pixel_planar1_bundle_limit_1st_w\" -q pixel_planar1_bundle_limit_1st");
//| eperl: generated_beg (DO NOT EDIT BELOW)
always @(posedge nvdla_core_clk or negedge nvdla_core_rstn) begin
   if (!nvdla_core_rstn) begin
       pixel_planar <= 1'b0;
   end else begin
       if ((layer_st) == 1'b1) begin
           pixel_planar <= pixel_planar_nxt;
       // VCS coverage off
       end else if ((layer_st) == 1'b0) begin
       end else begin
           pixel_planar <= 'bx;
       // VCS coverage on
       end
   end
end
always @(posedge nvdla_core_clk or negedge nvdla_core_rstn) begin
   if (!nvdla_core_rstn) begin
       pixel_precision <= {2{1'b0}};
   end else begin
       if ((layer_st) == 1'b1) begin
           pixel_precision <= pixel_precision_nxt;
       // VCS coverage off
       end else if ((layer_st) == 1'b0) begin
       end else begin
           pixel_precision <= 'bx;
       // VCS coverage on
       end
   end
end
always @(posedge nvdla_core_clk or negedge nvdla_core_rstn) begin
   if (!nvdla_core_rstn) begin
       pixel_order <= {11{1'b0}};
   end else begin
       if ((layer_st) == 1'b1) begin
           pixel_order <= pixel_order_nxt;
       // VCS coverage off
       end else if ((layer_st) == 1'b0) begin
       end else begin
           pixel_order <= 'bx;
       // VCS coverage on
       end
   end
end
always @(posedge nvdla_core_clk or negedge nvdla_core_rstn) begin
   if (!nvdla_core_rstn) begin
       pixel_packed_10b <= 1'b0;
   end else begin
       if ((layer_st) == 1'b1) begin
           pixel_packed_10b <= pixel_packed_10b_nxt;
       // VCS coverage off
       end else if ((layer_st) == 1'b0) begin
       end else begin
           pixel_packed_10b <= 'bx;
       // VCS coverage on
       end
   end
end
always @(posedge nvdla_core_clk or negedge nvdla_core_rstn) begin
   if (!nvdla_core_rstn) begin
       pixel_data_expand <= 1'b0;
   end else begin
       if ((layer_st) == 1'b1) begin
           pixel_data_expand <= pixel_data_expand_nxt;
       // VCS coverage off
       end else if ((layer_st) == 1'b0) begin
       end else begin
           pixel_data_expand <= 'bx;
       // VCS coverage on
       end
   end
end
always @(posedge nvdla_core_clk or negedge nvdla_core_rstn) begin
   if (!nvdla_core_rstn) begin
       pixel_data_shrink <= 1'b0;
   end else begin
       if ((layer_st) == 1'b1) begin
           pixel_data_shrink <= pixel_data_shrink_nxt;
       // VCS coverage off
       end else if ((layer_st) == 1'b0) begin
       end else begin
           pixel_data_shrink <= 'bx;
       // VCS coverage on
       end
   end
end
always @(posedge nvdla_core_clk or negedge nvdla_core_rstn) begin
   if (!nvdla_core_rstn) begin
       pixel_uint <= 1'b0;
   end else begin
       if ((layer_st) == 1'b1) begin
           pixel_uint <= pixel_uint_nxt;
       // VCS coverage off
       end else if ((layer_st) == 1'b0) begin
       end else begin
           pixel_uint <= 'bx;
       // VCS coverage on
       end
   end
end
always @(posedge nvdla_core_clk or negedge nvdla_core_rstn) begin
   if (!nvdla_core_rstn) begin
       pixel_planar0_sft <= {3{1'b0}};
   end else begin
       if ((layer_st) == 1'b1) begin
           pixel_planar0_sft <= pixel_planar0_sft_nxt;
       // VCS coverage off
       end else if ((layer_st) == 1'b0) begin
       end else begin
           pixel_planar0_sft <= 'bx;
       // VCS coverage on
       end
   end
end
always @(posedge nvdla_core_clk or negedge nvdla_core_rstn) begin
   if (!nvdla_core_rstn) begin
       pixel_planar1_sft <= {3{1'b0}};
   end else begin
       if ((layer_st & planar1_vld_w) == 1'b1) begin
           pixel_planar1_sft <= pixel_planar1_sft_nxt;
       // VCS coverage off
       end else if ((layer_st & planar1_vld_w) == 1'b0) begin
       end else begin
           pixel_planar1_sft <= 'bx;
       // VCS coverage on
       end
   end
end
always @(posedge nvdla_core_clk or negedge nvdla_core_rstn) begin
   if (!nvdla_core_rstn) begin
       pixel_planar0_lp_burst <= {4{1'b0}};
   end else begin
       if ((layer_st) == 1'b1) begin
           pixel_planar0_lp_burst <= pixel_planar0_lp_burst_w;
       // VCS coverage off
       end else if ((layer_st) == 1'b0) begin
       end else begin
           pixel_planar0_lp_burst <= 'bx;
       // VCS coverage on
       end
   end
end
always @(posedge nvdla_core_clk or negedge nvdla_core_rstn) begin
   if (!nvdla_core_rstn) begin
       pixel_planar1_lp_burst <= {3{1'b0}};
   end else begin
       if ((layer_st & planar1_vld_w) == 1'b1) begin
           pixel_planar1_lp_burst <= pixel_planar1_lp_burst_w;
       // VCS coverage off
       end else if ((layer_st & planar1_vld_w) == 1'b0) begin
       end else begin
           pixel_planar1_lp_burst <= 'bx;
       // VCS coverage on
       end
   end
end
always @(posedge nvdla_core_clk or negedge nvdla_core_rstn) begin
   if (!nvdla_core_rstn) begin
       pixel_planar0_lp_vld <= 1'b0;
   end else begin
       if ((layer_st) == 1'b1) begin
           pixel_planar0_lp_vld <= pixel_planar0_lp_vld_w;
       // VCS coverage off
       end else if ((layer_st) == 1'b0) begin
       end else begin
           pixel_planar0_lp_vld <= 'bx;
       // VCS coverage on
       end
   end
end
always @(posedge nvdla_core_clk or negedge nvdla_core_rstn) begin
   if (!nvdla_core_rstn) begin
       pixel_planar1_lp_vld <= 1'b0;
   end else begin
       if ((layer_st & planar1_vld_w) == 1'b1) begin
           pixel_planar1_lp_vld <= pixel_planar1_lp_vld_w;
       // VCS coverage off
       end else if ((layer_st & planar1_vld_w) == 1'b0) begin
       end else begin
           pixel_planar1_lp_vld <= 'bx;
       // VCS coverage on
       end
   end
end
always @(posedge nvdla_core_clk or negedge nvdla_core_rstn) begin
   if (!nvdla_core_rstn) begin
       pixel_planar0_width_burst <= {14{1'b0}};
   end else begin
       if ((layer_st) == 1'b1) begin
           pixel_planar0_width_burst <= pixel_planar0_width_burst_w;
       // VCS coverage off
       end else if ((layer_st) == 1'b0) begin
       end else begin
           pixel_planar0_width_burst <= 'bx;
       // VCS coverage on
       end
   end
end
always @(posedge nvdla_core_clk or negedge nvdla_core_rstn) begin
   if (!nvdla_core_rstn) begin
       pixel_planar1_width_burst <= {14{1'b0}};
   end else begin
       if ((layer_st & planar1_vld_w) == 1'b1) begin
           pixel_planar1_width_burst <= pixel_planar1_width_burst_w;
       // VCS coverage off
       end else if ((layer_st & planar1_vld_w) == 1'b0) begin
       end else begin
           pixel_planar1_width_burst <= 'bx;
       // VCS coverage on
       end
   end
end
always @(posedge nvdla_core_clk or negedge nvdla_core_rstn) begin
   if (!nvdla_core_rstn) begin
       pixel_planar0_rp_burst <= {4{1'b0}};
   end else begin
       if ((layer_st) == 1'b1) begin
           pixel_planar0_rp_burst <= pixel_planar0_rp_burst_w;
       // VCS coverage off
       end else if ((layer_st) == 1'b0) begin
       end else begin
           pixel_planar0_rp_burst <= 'bx;
       // VCS coverage on
       end
   end
end
always @(posedge nvdla_core_clk or negedge nvdla_core_rstn) begin
   if (!nvdla_core_rstn) begin
       pixel_planar1_rp_burst <= {3{1'b0}};
   end else begin
       if ((layer_st & planar1_vld_w) == 1'b1) begin
           pixel_planar1_rp_burst <= pixel_planar1_rp_burst_w;
       // VCS coverage off
       end else if ((layer_st & planar1_vld_w) == 1'b0) begin
       end else begin
           pixel_planar1_rp_burst <= 'bx;
       // VCS coverage on
       end
   end
end
always @(posedge nvdla_core_clk or negedge nvdla_core_rstn) begin
   if (!nvdla_core_rstn) begin
       pixel_planar0_rp_vld <= 1'b0;
   end else begin
       if ((layer_st) == 1'b1) begin
           pixel_planar0_rp_vld <= pixel_planar0_rp_vld_w;
       // VCS coverage off
       end else if ((layer_st) == 1'b0) begin
       end else begin
           pixel_planar0_rp_vld <= 'bx;
       // VCS coverage on
       end
   end
end
always @(posedge nvdla_core_clk or negedge nvdla_core_rstn) begin
   if (!nvdla_core_rstn) begin
       pixel_planar1_rp_vld <= 1'b0;
   end else begin
       if ((layer_st & planar1_vld_w) == 1'b1) begin
           pixel_planar1_rp_vld <= pixel_planar1_rp_vld_w;
       // VCS coverage off
       end else if ((layer_st & planar1_vld_w) == 1'b0) begin
       end else begin
           pixel_planar1_rp_vld <= 'bx;
       // VCS coverage on
       end
   end
end
always @(posedge nvdla_core_clk or negedge nvdla_core_rstn) begin
   if (!nvdla_core_rstn) begin
       pixel_early_end <= 1'b0;
   end else begin
       if ((layer_st & planar1_vld_w) == 1'b1) begin
           pixel_early_end <= pixel_early_end_w;
       // VCS coverage off
       end else if ((layer_st & planar1_vld_w) == 1'b0) begin
       end else begin
           pixel_early_end <= 'bx;
       // VCS coverage on
       end
   end
end
always @(posedge nvdla_core_clk or negedge nvdla_core_rstn) begin
   if (!nvdla_core_rstn) begin
       pixel_planar0_byte_sft <= {5{1'b0}};
   end else begin
       if ((layer_st) == 1'b1) begin
           pixel_planar0_byte_sft <= pixel_planar0_byte_sft_w;
       // VCS coverage off
       end else if ((layer_st) == 1'b0) begin
       end else begin
           pixel_planar0_byte_sft <= 'bx;
       // VCS coverage on
       end
   end
end
always @(posedge nvdla_core_clk or negedge nvdla_core_rstn) begin
   if (!nvdla_core_rstn) begin
       pixel_planar1_byte_sft <= {5{1'b0}};
   end else begin
       if ((layer_st & planar1_vld_w) == 1'b1) begin
           pixel_planar1_byte_sft <= pixel_planar1_byte_sft_w;
       // VCS coverage off
       end else if ((layer_st & planar1_vld_w) == 1'b0) begin
       end else begin
           pixel_planar1_byte_sft <= 'bx;
       // VCS coverage on
       end
   end
end
always @(posedge nvdla_core_clk or negedge nvdla_core_rstn) begin
   if (!nvdla_core_rstn) begin
       pixel_bank <= {6{1'b0}};
   end else begin
       if ((layer_st) == 1'b1) begin
           pixel_bank <= reg2dp_data_bank + 1'b1;
       // VCS coverage off
       end else if ((layer_st) == 1'b0) begin
       end else begin
           pixel_bank <= 'bx;
       // VCS coverage on
       end
   end
end
always @(posedge nvdla_core_clk or negedge nvdla_core_rstn) begin
   if (!nvdla_core_rstn) begin
       pixel_planar0_bundle_limit <= {4{1'b0}};
   end else begin
       if ((layer_st) == 1'b1) begin
           pixel_planar0_bundle_limit <= pixel_planar0_bundle_limit_w;
       // VCS coverage off
       end else if ((layer_st) == 1'b0) begin
       end else begin
           pixel_planar0_bundle_limit <= 'bx;
       // VCS coverage on
       end
   end
end
always @(posedge nvdla_core_clk or negedge nvdla_core_rstn) begin
   if (!nvdla_core_rstn) begin
       pixel_planar1_bundle_limit <= {5{1'b0}};
   end else begin
       if ((layer_st & planar1_vld_w) == 1'b1) begin
           pixel_planar1_bundle_limit <= pixel_planar1_bundle_limit_w;
       // VCS coverage off
       end else if ((layer_st & planar1_vld_w) == 1'b0) begin
       end else begin
           pixel_planar1_bundle_limit <= 'bx;
       // VCS coverage on
       end
   end
end
always @(posedge nvdla_core_clk or negedge nvdla_core_rstn) begin
   if (!nvdla_core_rstn) begin
       pixel_planar0_bundle_limit_1st <= {4{1'b0}};
   end else begin
       if ((layer_st) == 1'b1) begin
           pixel_planar0_bundle_limit_1st <= pixel_planar0_bundle_limit_1st_w;
       // VCS coverage off
       end else if ((layer_st) == 1'b0) begin
       end else begin
           pixel_planar0_bundle_limit_1st <= 'bx;
       // VCS coverage on
       end
   end
end
always @(posedge nvdla_core_clk or negedge nvdla_core_rstn) begin
   if (!nvdla_core_rstn) begin
       pixel_planar1_bundle_limit_1st <= {5{1'b0}};
   end else begin
       if ((layer_st & planar1_vld_w) == 1'b1) begin
           pixel_planar1_bundle_limit_1st <= pixel_planar1_bundle_limit_1st_w;
       // VCS coverage off
       end else if ((layer_st & planar1_vld_w) == 1'b0) begin
       end else begin
           pixel_planar1_bundle_limit_1st <= 'bx;
       // VCS coverage on
       end
   end
end

//| eperl: generated_end (DO NOT EDIT ABOVE)
//////////////////////////////////////////////////////////////
///// functional point                                   /////
//////////////////////////////////////////////////////////////
//VCS coverage off
`ifndef DISABLE_FUNCPOINT
  `ifdef ENABLE_FUNCPOINT
    reg funcpoint_cover_off;
    initial begin
        if ( $test$plusargs( "cover_off" ) ) begin
            funcpoint_cover_off = 1'b1;
        end else begin
            funcpoint_cover_off = 1'b0;
        end
    end
    property cdma_img_ctrl__img_reuse__0_cov;
        disable iff((nvdla_core_rstn !== 1) || funcpoint_cover_off)
        @(posedge nvdla_core_clk)
        ((cur_state == IMG_STATE_IDLE) & (nxt_state == IMG_STATE_DONE));
    endproperty
// Cover 0 : "((cur_state == IMG_STATE_IDLE) & (nxt_state == IMG_STATE_DONE))"
    FUNCPOINT_cdma_img_ctrl__img_reuse__0_COV : cover property (cdma_img_ctrl__img_reuse__0_cov);
  `endif
`endif
//VCS coverage on
//VCS coverage off
`ifndef DISABLE_FUNCPOINT
  `ifdef ENABLE_FUNCPOINT
    property cdma_img_ctrl__img_yuv_tail_0__1_cov;
        disable iff((nvdla_core_rstn !== 1) || funcpoint_cover_off)
        @(posedge nvdla_core_clk)
        (layer_st & pixel_planar_nxt & ~pixel_tail_1_w & ~pixel_tail_2_w);
    endproperty
// Cover 1 : "(layer_st & pixel_planar_nxt & ~pixel_tail_1_w & ~pixel_tail_2_w)"
    FUNCPOINT_cdma_img_ctrl__img_yuv_tail_0__1_COV : cover property (cdma_img_ctrl__img_yuv_tail_0__1_cov);
  `endif
`endif
//VCS coverage on
//VCS coverage off
`ifndef DISABLE_FUNCPOINT
  `ifdef ENABLE_FUNCPOINT
    property cdma_img_ctrl__img_yuv_tail_1__2_cov;
        disable iff((nvdla_core_rstn !== 1) || funcpoint_cover_off)
        @(posedge nvdla_core_clk)
        (layer_st & pixel_planar_nxt & pixel_tail_1_w);
    endproperty
// Cover 2 : "(layer_st & pixel_planar_nxt & pixel_tail_1_w)"
    FUNCPOINT_cdma_img_ctrl__img_yuv_tail_1__2_COV : cover property (cdma_img_ctrl__img_yuv_tail_1__2_cov);
  `endif
`endif
//VCS coverage on
//VCS coverage off
`ifndef DISABLE_FUNCPOINT
  `ifdef ENABLE_FUNCPOINT
    property cdma_img_ctrl__img_yuv_tail_2__3_cov;
        disable iff((nvdla_core_rstn !== 1) || funcpoint_cover_off)
        @(posedge nvdla_core_clk)
        (layer_st & pixel_planar_nxt & pixel_tail_2_w);
    endproperty
// Cover 3 : "(layer_st & pixel_planar_nxt & pixel_tail_2_w)"
    FUNCPOINT_cdma_img_ctrl__img_yuv_tail_2__3_COV : cover property (cdma_img_ctrl__img_yuv_tail_2__3_cov);
  `endif
`endif
//VCS coverage on
////////////////////////////////////////////////////////////////////////
// Assertion //
////////////////////////////////////////////////////////////////////////
`ifdef SPYGLASS_ASSERT_ON
`else
// spyglass disable_block NoWidthInBasedNum-ML
// spyglass disable_block STARC-2.10.3.2a
// spyglass disable_block STARC05-2.1.3.1
// spyglass disable_block STARC-2.1.4.6
// spyglass disable_block W116
// spyglass disable_block W154
// spyglass disable_block W239
// spyglass disable_block W362
// spyglass disable_block WRN_58
// spyglass disable_block WRN_61
`endif // SPYGLASS_ASSERT_ON
`ifdef ASSERT_ON
`ifdef FV_ASSERT_ON
`define ASSERT_RESET nvdla_core_rstn
`else
`ifdef SYNTHESIS
`define ASSERT_RESET nvdla_core_rstn
`else
`ifdef ASSERT_OFF_RESET_IS_X
`define ASSERT_RESET ((1'bx === nvdla_core_rstn) ? 1'b0 : nvdla_core_rstn)
`else
`define ASSERT_RESET ((1'bx === nvdla_core_rstn) ? 1'b1 : nvdla_core_rstn)
`endif // ASSERT_OFF_RESET_IS_X
`endif // SYNTHESIS
`endif // FV_ASSERT_ON
`ifndef SYNTHESIS
// VCS coverage off
  nv_assert_no_x #(0,2,0,"No Xs allowed on cur_state") zzz_assert_no_x_1x (nvdla_core_clk, `ASSERT_RESET, 1'd1, cur_state); // spyglass disable W504 SelfDeterminedExpr-ML 
  nv_assert_no_x #(0,1,0,"No X's allowed on control signals") zzz_assert_no_x_2x (nvdla_core_ng_clk, `ASSERT_RESET, 1'd1, (^(reg2dp_op_en & is_idle))); // spyglass disable W504 SelfDeterminedExpr-ML 
  nv_assert_no_x #(0,1,0,"No X's allowed on control signals") zzz_assert_no_x_3x (nvdla_core_ng_clk, `ASSERT_RESET, 1'd1, (^(reg2dp_op_en & is_idle))); // spyglass disable W504 SelfDeterminedExpr-ML 
  nv_assert_no_x #(0,1,0,"No X's allowed on control signals") zzz_assert_no_x_4x (nvdla_core_ng_clk, `ASSERT_RESET, 1'd1, (^(reg2dp_op_en & is_idle))); // spyglass disable W504 SelfDeterminedExpr-ML 
  nv_assert_no_x #(0,1,0,"No X's allowed on control signals") zzz_assert_no_x_5x (nvdla_core_clk, `ASSERT_RESET, 1'd1, (^(img_end | is_done))); // spyglass disable W504 SelfDeterminedExpr-ML 
  nv_assert_no_x #(0,1,0,"No X's allowed on control signals") zzz_assert_no_x_9x (nvdla_core_clk, `ASSERT_RESET, 1'd1, (^(layer_st))); // spyglass disable W504 SelfDeterminedExpr-ML 
  nv_assert_no_x #(0,1,0,"No X's allowed on control signals") zzz_assert_no_x_10x (nvdla_core_clk, `ASSERT_RESET, 1'd1, (^(layer_st))); // spyglass disable W504 SelfDeterminedExpr-ML 
  nv_assert_no_x #(0,1,0,"No X's allowed on control signals") zzz_assert_no_x_11x (nvdla_core_clk, `ASSERT_RESET, 1'd1, (^(layer_st))); // spyglass disable W504 SelfDeterminedExpr-ML 
  nv_assert_no_x #(0,1,0,"No X's allowed on control signals") zzz_assert_no_x_12x (nvdla_core_clk, `ASSERT_RESET, 1'd1, (^(layer_st))); // spyglass disable W504 SelfDeterminedExpr-ML 
  nv_assert_no_x #(0,1,0,"No X's allowed on control signals") zzz_assert_no_x_13x (nvdla_core_clk, `ASSERT_RESET, 1'd1, (^(layer_st))); // spyglass disable W504 SelfDeterminedExpr-ML 
  nv_assert_no_x #(0,1,0,"No X's allowed on control signals") zzz_assert_no_x_14x (nvdla_core_clk, `ASSERT_RESET, 1'd1, (^(layer_st))); // spyglass disable W504 SelfDeterminedExpr-ML 
  nv_assert_no_x #(0,1,0,"No X's allowed on control signals") zzz_assert_no_x_15x (nvdla_core_clk, `ASSERT_RESET, 1'd1, (^(layer_st))); // spyglass disable W504 SelfDeterminedExpr-ML 
  nv_assert_no_x #(0,1,0,"No X's allowed on control signals") zzz_assert_no_x_16x (nvdla_core_clk, `ASSERT_RESET, 1'd1, (^(layer_st))); // spyglass disable W504 SelfDeterminedExpr-ML 
  nv_assert_no_x #(0,1,0,"No X's allowed on control signals") zzz_assert_no_x_17x (nvdla_core_clk, `ASSERT_RESET, 1'd1, (^(layer_st & planar1_vld_w))); // spyglass disable W504 SelfDeterminedExpr-ML 
  nv_assert_no_x #(0,1,0,"No X's allowed on control signals") zzz_assert_no_x_18x (nvdla_core_clk, `ASSERT_RESET, 1'd1, (^(layer_st))); // spyglass disable W504 SelfDeterminedExpr-ML 
  nv_assert_no_x #(0,1,0,"No X's allowed on control signals") zzz_assert_no_x_19x (nvdla_core_clk, `ASSERT_RESET, 1'd1, (^(layer_st & planar1_vld_w))); // spyglass disable W504 SelfDeterminedExpr-ML 
  nv_assert_no_x #(0,1,0,"No X's allowed on control signals") zzz_assert_no_x_20x (nvdla_core_clk, `ASSERT_RESET, 1'd1, (^(layer_st))); // spyglass disable W504 SelfDeterminedExpr-ML 
  nv_assert_no_x #(0,1,0,"No X's allowed on control signals") zzz_assert_no_x_21x (nvdla_core_clk, `ASSERT_RESET, 1'd1, (^(layer_st & planar1_vld_w))); // spyglass disable W504 SelfDeterminedExpr-ML 
  nv_assert_no_x #(0,1,0,"No X's allowed on control signals") zzz_assert_no_x_22x (nvdla_core_clk, `ASSERT_RESET, 1'd1, (^(layer_st))); // spyglass disable W504 SelfDeterminedExpr-ML 
  nv_assert_no_x #(0,1,0,"No X's allowed on control signals") zzz_assert_no_x_23x (nvdla_core_clk, `ASSERT_RESET, 1'd1, (^(layer_st & planar1_vld_w))); // spyglass disable W504 SelfDeterminedExpr-ML 
  nv_assert_no_x #(0,1,0,"No X's allowed on control signals") zzz_assert_no_x_24x (nvdla_core_clk, `ASSERT_RESET, 1'd1, (^(layer_st))); // spyglass disable W504 SelfDeterminedExpr-ML 
  nv_assert_no_x #(0,1,0,"No X's allowed on control signals") zzz_assert_no_x_25x (nvdla_core_clk, `ASSERT_RESET, 1'd1, (^(layer_st & planar1_vld_w))); // spyglass disable W504 SelfDeterminedExpr-ML 
  nv_assert_no_x #(0,1,0,"No X's allowed on control signals") zzz_assert_no_x_26x (nvdla_core_clk, `ASSERT_RESET, 1'd1, (^(layer_st))); // spyglass disable W504 SelfDeterminedExpr-ML 
  nv_assert_no_x #(0,1,0,"No X's allowed on control signals") zzz_assert_no_x_27x (nvdla_core_clk, `ASSERT_RESET, 1'd1, (^(layer_st & planar1_vld_w))); // spyglass disable W504 SelfDeterminedExpr-ML 
  nv_assert_no_x #(0,1,0,"No X's allowed on control signals") zzz_assert_no_x_28x (nvdla_core_clk, `ASSERT_RESET, 1'd1, (^(layer_st & planar1_vld_w))); // spyglass disable W504 SelfDeterminedExpr-ML 
  nv_assert_no_x #(0,1,0,"No X's allowed on control signals") zzz_assert_no_x_29x (nvdla_core_clk, `ASSERT_RESET, 1'd1, (^(layer_st))); // spyglass disable W504 SelfDeterminedExpr-ML 
  nv_assert_no_x #(0,1,0,"No X's allowed on control signals") zzz_assert_no_x_30x (nvdla_core_clk, `ASSERT_RESET, 1'd1, (^(layer_st & planar1_vld_w))); // spyglass disable W504 SelfDeterminedExpr-ML 
  nv_assert_no_x #(0,1,0,"No X's allowed on control signals") zzz_assert_no_x_31x (nvdla_core_clk, `ASSERT_RESET, 1'd1, (^(layer_st))); // spyglass disable W504 SelfDeterminedExpr-ML 
  nv_assert_no_x #(0,1,0,"No X's allowed on control signals") zzz_assert_no_x_32x (nvdla_core_clk, `ASSERT_RESET, 1'd1, (^(layer_st))); // spyglass disable W504 SelfDeterminedExpr-ML 
  nv_assert_no_x #(0,1,0,"No X's allowed on control signals") zzz_assert_no_x_33x (nvdla_core_clk, `ASSERT_RESET, 1'd1, (^(layer_st & planar1_vld_w))); // spyglass disable W504 SelfDeterminedExpr-ML 
  nv_assert_no_x #(0,1,0,"No X's allowed on control signals") zzz_assert_no_x_34x (nvdla_core_clk, `ASSERT_RESET, 1'd1, (^(layer_st))); // spyglass disable W504 SelfDeterminedExpr-ML 
  nv_assert_no_x #(0,1,0,"No X's allowed on control signals") zzz_assert_no_x_35x (nvdla_core_clk, `ASSERT_RESET, 1'd1, (^(layer_st & planar1_vld_w))); // spyglass disable W504 SelfDeterminedExpr-ML 
  nv_assert_never #(0,0,"Error config! PIXEL for non-DC") zzz_assert_never_6x (nvdla_core_clk, `ASSERT_RESET, (reg2dp_op_en & ~is_dc & is_pixel)); // spyglass disable W504 SelfDeterminedExpr-ML 
  nv_assert_never #(0,0,"Error config! Invalid image type") zzz_assert_never_7x (nvdla_core_clk, `ASSERT_RESET, (reg2dp_op_en & img_en & (reg2dp_pixel_format > 6'h23 ))); // spyglass disable W504 SelfDeterminedExpr-ML 
  nv_assert_never #(0,0,"Error Config! Pixel format is not pitch linear!") zzz_assert_never_8x (nvdla_core_clk, `ASSERT_RESET, (layer_st & (reg2dp_pixel_mapping != 1'h0 ))); // spyglass disable W504 SelfDeterminedExpr-ML 
  nv_assert_never #(0,0,"Error Config! Pixel X offset is out of range!") zzz_assert_never_36x (nvdla_core_clk, `ASSERT_RESET, (layer_st & (|(reg2dp_pixel_x_offset & ~pixel_planar0_mask_nxt)))); // spyglass disable W504 SelfDeterminedExpr-ML 
  nv_assert_never #(0,0,"Error Config! Unmatch input int8 precision") zzz_assert_never_37x (nvdla_core_clk, `ASSERT_RESET, (img_en & ((pixel_precision_nxt == 2'h0) ^ (reg2dp_in_precision == 2'h0 )))); // spyglass disable W504 SelfDeterminedExpr-ML 
  nv_assert_never #(0,0,"Error Config! Unmatch input int16 precision") zzz_assert_never_38x (nvdla_core_clk, `ASSERT_RESET, (img_en & (((pixel_precision_nxt == 2'h1) | (pixel_precision_nxt == 2'h2)) ^ (reg2dp_in_precision == 2'h1 )))); // spyglass disable W504 SelfDeterminedExpr-ML 
  nv_assert_never #(0,0,"Error Config! Unmatch input fp16 precision") zzz_assert_never_39x (nvdla_core_clk, `ASSERT_RESET, (img_en & ((pixel_precision_nxt == 2'h3) ^ (reg2dp_in_precision == 2'h2 )))); // spyglass disable W504 SelfDeterminedExpr-ML 
  nv_assert_never #(0,0,"Error! pixel_planar0_lp_burst_w is overflow!") zzz_assert_never_40x (nvdla_core_clk, `ASSERT_RESET, (layer_st & (|mon_pixel_planar0_lp_burst_w))); // spyglass disable W504 SelfDeterminedExpr-ML 
  nv_assert_never #(0,0,"Error! pixel_planar1_lp_burst_w is overflow!") zzz_assert_never_41x (nvdla_core_clk, `ASSERT_RESET, (layer_st & (|mon_pixel_planar1_lp_burst_w))); // spyglass disable W504 SelfDeterminedExpr-ML 
  nv_assert_never #(0,0,"Error! pixel_planar0_burst_need_w is overflow!") zzz_assert_never_42x (nvdla_core_clk, `ASSERT_RESET, (layer_st & (|mon_pixel_planar0_burst_need_w))); // spyglass disable W504 SelfDeterminedExpr-ML 
  nv_assert_never #(0,0,"Error! pixel_planar1_burst_need_w is overflow!") zzz_assert_never_43x (nvdla_core_clk, `ASSERT_RESET, (layer_st & (|mon_pixel_planar1_burst_need_w))); // spyglass disable W504 SelfDeterminedExpr-ML 
  nv_assert_never #(0,0,"Error! pixel_planar0_rp_burst_w is overflow!") zzz_assert_never_44x (nvdla_core_clk, `ASSERT_RESET, (layer_st & (|mon_pixel_planar0_rp_burst_w))); // spyglass disable W504 SelfDeterminedExpr-ML 
  nv_assert_never #(0,0,"Error! pixel_planar1_rp_burst_w is overflow!") zzz_assert_never_45x (nvdla_core_clk, `ASSERT_RESET, (layer_st & (|mon_pixel_planar1_rp_burst_w))); // spyglass disable W504 SelfDeterminedExpr-ML 
  nv_assert_never #(0,0,"Error! pixel_planar0_lp_burst_w is out of range!") zzz_assert_never_46x (nvdla_core_clk, `ASSERT_RESET, (layer_st & (pixel_planar0_lp_burst_w > 4'h8))); // spyglass disable W504 SelfDeterminedExpr-ML 
  nv_assert_never #(0,0,"Error! pixel_planar1_lp_burst_w is out of range!") zzz_assert_never_47x (nvdla_core_clk, `ASSERT_RESET, (layer_st & (pixel_planar1_lp_burst_w > 3'h4))); // spyglass disable W504 SelfDeterminedExpr-ML 
  nv_assert_never #(0,0,"Error! pixel_planar0_rp_burst_w is out of range!") zzz_assert_never_48x (nvdla_core_clk, `ASSERT_RESET, (layer_st & (pixel_planar0_rp_burst_w > 4'h9))); // spyglass disable W504 SelfDeterminedExpr-ML 
  nv_assert_never #(0,0,"Error! pixel_planar1_rp_burst_w is out of range!") zzz_assert_never_49x (nvdla_core_clk, `ASSERT_RESET, (layer_st & (pixel_planar1_rp_burst_w > 3'h5))); // spyglass disable W504 SelfDeterminedExpr-ML 
  nv_assert_never #(0,0,"Error! pixel_planar1_tail_width_w is out of range!") zzz_assert_never_50x (nvdla_core_clk, `ASSERT_RESET, (layer_st & (pixel_planar1_tail_width_w == 3'h7))); // spyglass disable W504 SelfDeterminedExpr-ML 
// VCS coverage on
`endif
`undef ASSERT_RESET
`endif // ASSERT_ON
`ifdef SPYGLASS_ASSERT_ON
`else
// spyglass enable_block NoWidthInBasedNum-ML
// spyglass enable_block STARC-2.10.3.2a
// spyglass enable_block STARC05-2.1.3.1
// spyglass enable_block STARC-2.1.4.6
// spyglass enable_block W116
// spyglass enable_block W154
// spyglass enable_block W239
// spyglass enable_block W362
// spyglass enable_block WRN_58
// spyglass enable_block WRN_61
`endif // SPYGLASS_ASSERT_ON
endmodule // NV_NVDLA_CDMA_IMG_ctrl